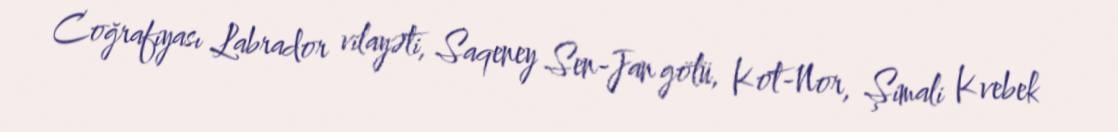
Coğrafiyası Labrador vilayəti, Saqeney Sen-Jan gölü, Kot-Nor, Şimali Kvebek